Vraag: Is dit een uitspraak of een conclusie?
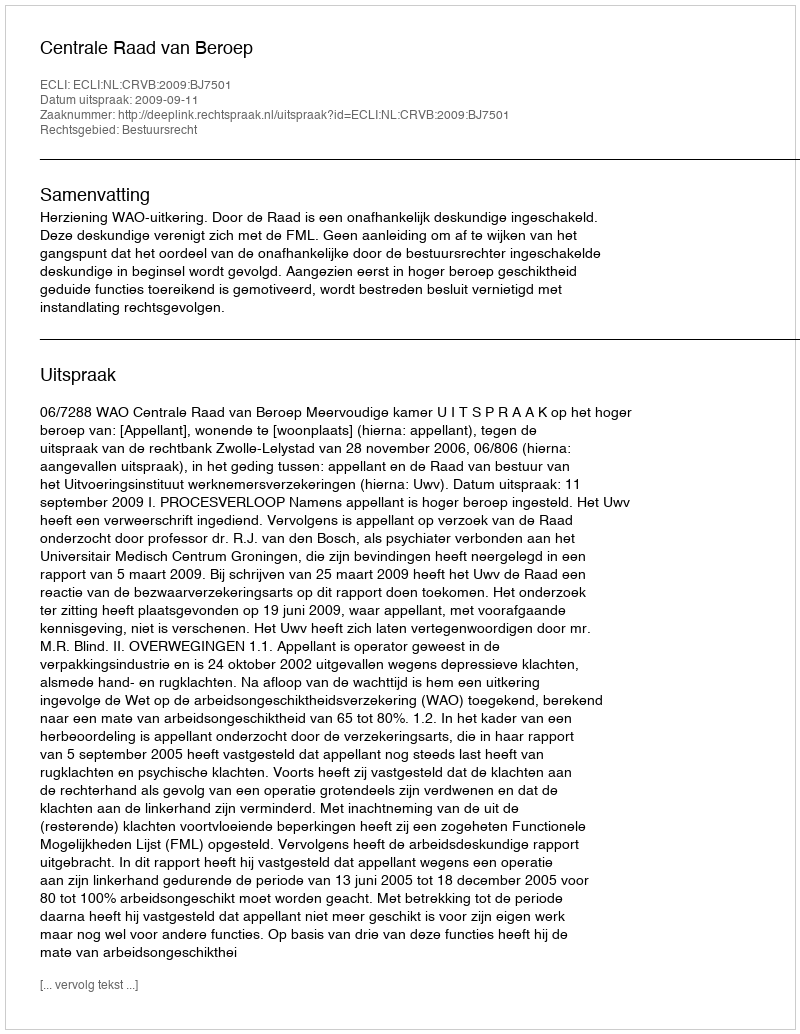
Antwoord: Uitspraak